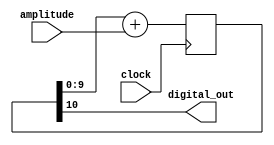
/*
   Pulse Desnsity Modulator.
   Outputs a series of pulses the density of which is proportional to the input "amplitude" value. 
   
   Copyright (C) 2019 Nicola Cimmino

   This program is free software: you can redistribute it and/or modify
    it under the terms of the GNU General Public License as published by
    the Free Software Foundation, either version 3 of the License, or
    (at your option) any later version.

   This program is distributed in the hope that it will be useful,
    but WITHOUT ANY WARRANTY; without even the implied warranty of
    MERCHANTABILITY or FITNESS FOR A PARTICULAR PURPOSE.  See the
    GNU General Public License for more details.

   You should have received a copy of the GNU General Public License
    along with this program.  If not, see http://www.gnu.org/licenses/.

 */
module PDMEncoder  #(parameter DATA_BITS = 10)(
  input [DATA_BITS-1:0] amplitude,
  input wire clock,
  output wire digital_out
);
	reg [DATA_BITS:0] accumulator;
	
	always @(posedge clock) begin
	  accumulator <= (accumulator[DATA_BITS-1 : 0] + amplitude);
	end

	assign digital_out = accumulator[DATA_BITS];

endmodule